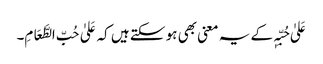
عَلیٰ حُبِّہٖ کے یہ معنی بھی ہو سکتے ہیں کہ عَلیٰ حُبِّ الطَّعَامِ۔